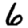
Digit: 6